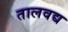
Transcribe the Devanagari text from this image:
तालवद्य